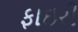
ફાઇરી